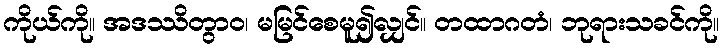
ကိုယ်ကို။ အဒဿိတွာဝ၊ မမြင်စေမူ၍လျှင်။ တထာဂတံ၊ ဘုရားသခင်ကို။